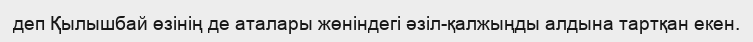
деп Қылышбай өзінің де аталары жөніндегі әзіл-қалжыңды алдына тартқан екен.